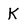
Character: K